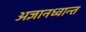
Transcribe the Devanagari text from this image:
अज्ञानध्वान्त